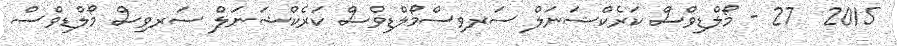
2015  27 - މޯލްޑިވްސް ކަރެކްޝަނަލް ސަރވިސްމޯލްޑިވްސް ކަރެކްޝަނަލް ސަރވިސް މޯލްޑިވްސް